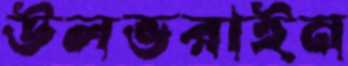
উলভরাইন